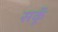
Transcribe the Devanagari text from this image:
सकॅू